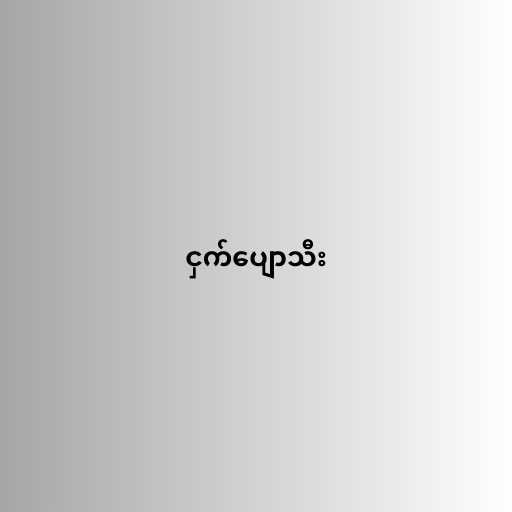
ငှက်ပျောသီး